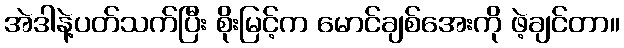
အဲဒါနဲ့ပတ်သက်ပြီး စိုးမြင့်က မောင်ချစ်အေးကို ဖဲ့ချင်တာ။